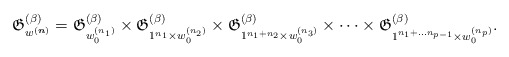
\begin{gather*}\mathfrak{G}_{w^{({\boldsymbol{n}})}}^{(\beta)} =\mathfrak{G}_{w_{0}^{(n_1)}}^{(\beta)} \times\mathfrak{G}_{1^{n_1} \times w_{0}^{(n_2)}}^{(\beta)} \times\mathfrak{G}_{1^{n_1+n_2} \times w_{0}^{(n_3)}}^{(\beta)} \times \cdots \times\mathfrak{G}_{1^{n_{1}+ \ldots n_{p-1}} \times w_{0}^{(n_{p})}}^{(\beta)}.\end{gather*}